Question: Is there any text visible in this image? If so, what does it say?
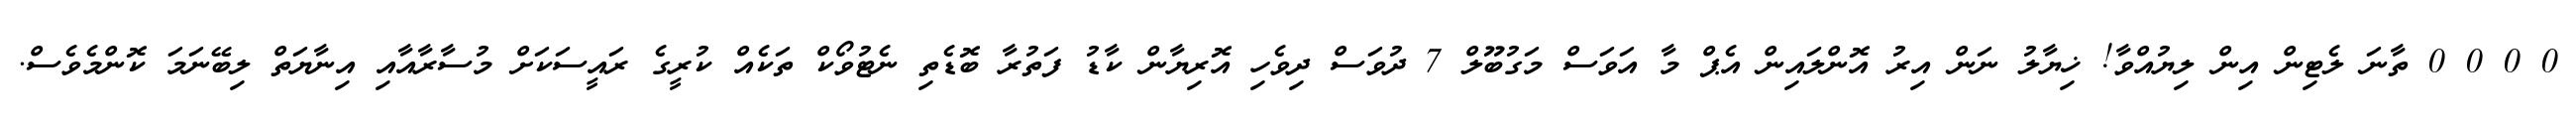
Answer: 0 0 0 0 ތާނަ ލެޓިން އިން ލިޔުއްވާ! ޚިޔާލު ނަން އިރު އޮންލައިން އެޕް މާ އަވަސް މަގުބޫލް 7 ދުވަސް ދިވެހި އޮރިޔާން ކާޑު ފަތުރާ ބޮޑެތި ނެޓުވޯކް ތަކެއް ކުރީގެ ރައީސަކަށް މުސާރާއާއި އިނާޔަތް ލިބޭނަމަ ކޮންމެވެސް.